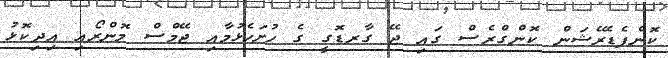
ކޮންފެޑެރޭޝަން ކޮންގްރެސް ގައި ޖޭ ގާރޑޮގީ ގެ ހުށަހެޅުމާއި ޖޭމްސް މޮންރޯއި އިދިކޮޅު